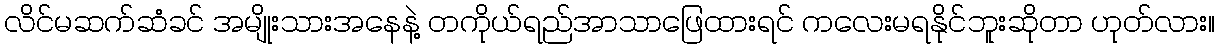
လိင်မဆက်ဆံခင် အမျိုးသားအနေနဲ့ တကိုယ်ရည်အာသာဖြေထားရင် ကလေးမရနိုင်ဘူးဆိုတာ ဟုတ်လား။